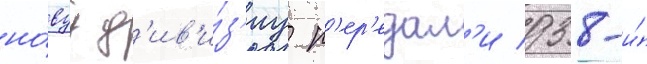
но́вуу д'ив'и́з'иу п'ер'едал'и 938-и́